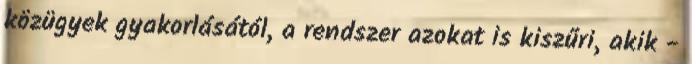
közügyek gyakorlásától, a rendszer azokat is kiszűri, akik -